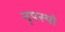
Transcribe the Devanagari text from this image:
नृपस्थो